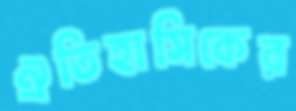
ঐতিহাসিকের